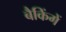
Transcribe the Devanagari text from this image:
बैकिंगें